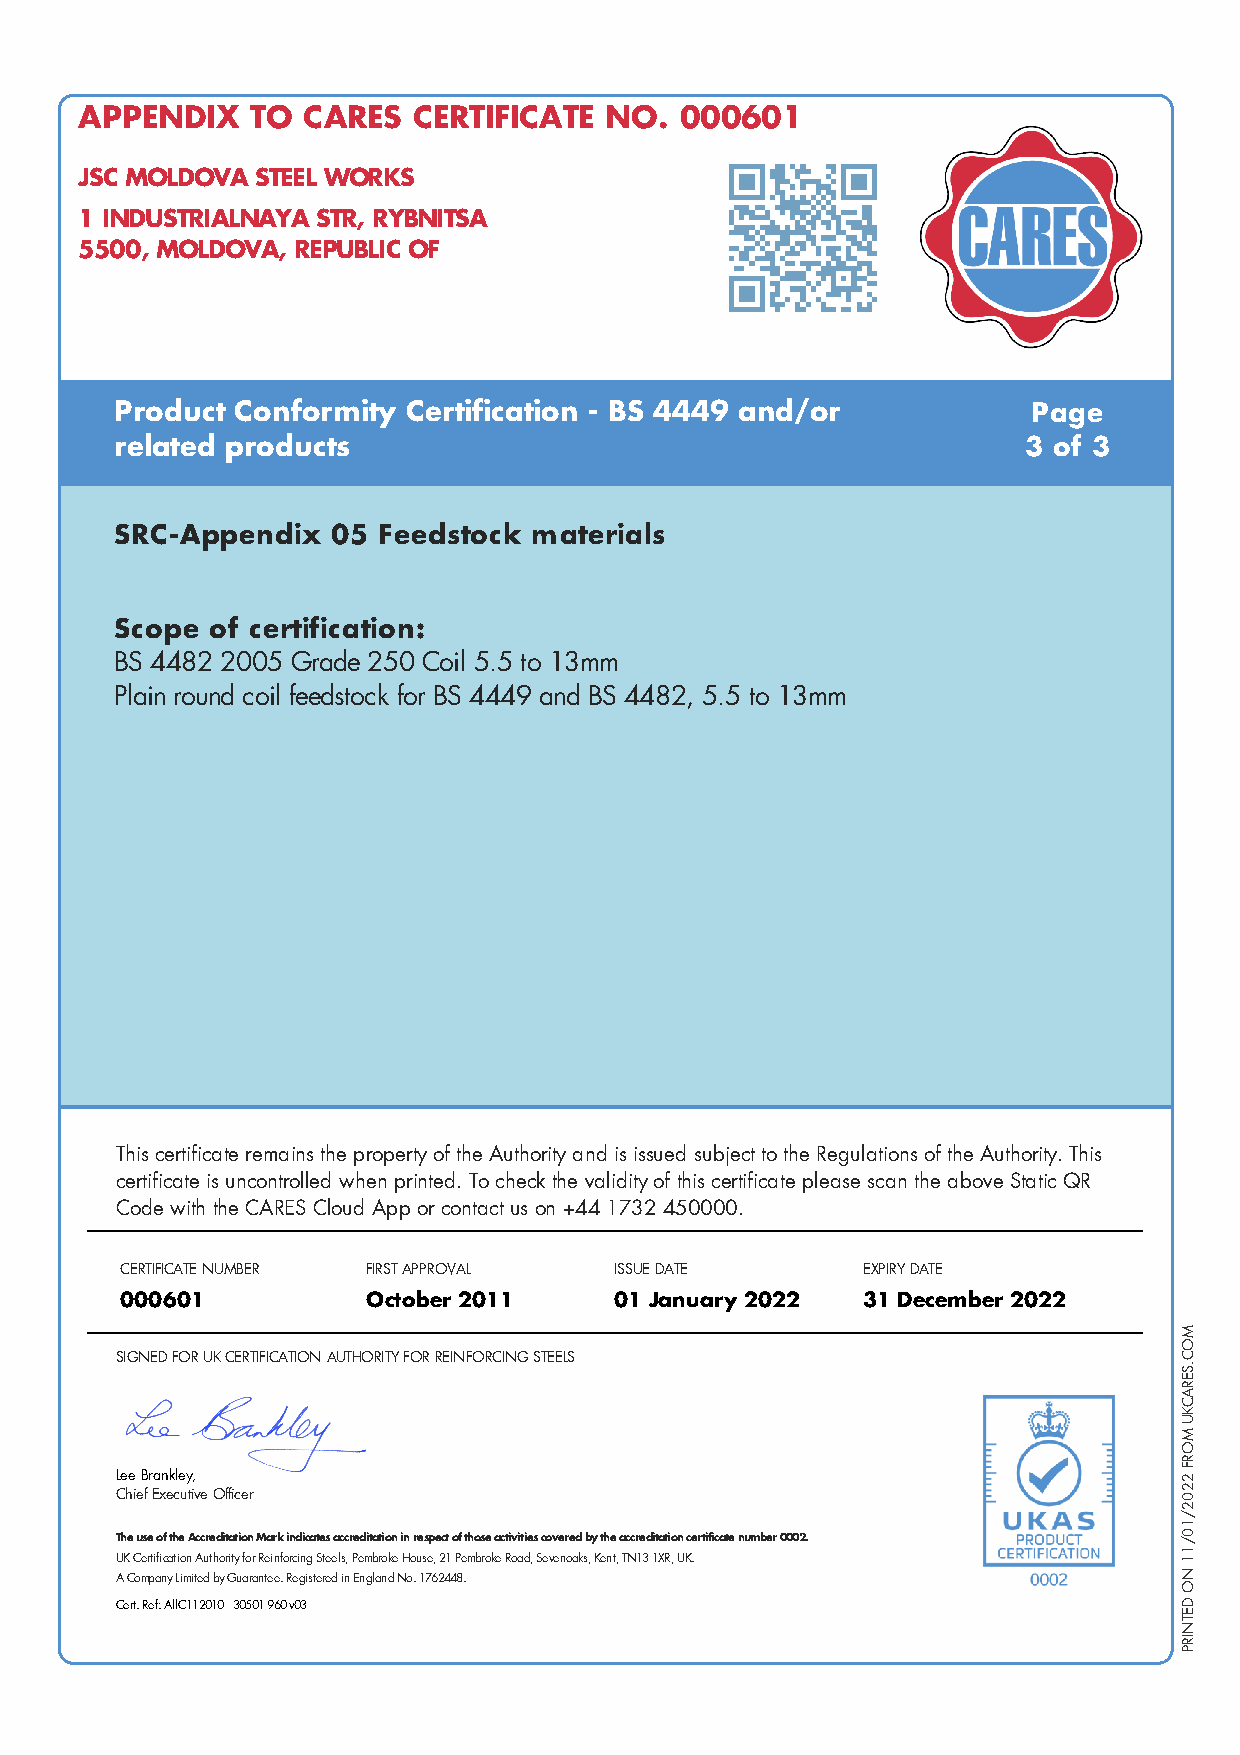
APPENDIX    TO CARES  CERTIFICATE  NO.  000601
 JSC MOLDOVA STEEL WORKS
 1 INDUSTRIALNAYA STR, RYBNITSA
 5500, MOLDOVA, REPUBLIC OF
 Product Conformity Certification - BS 4449 and/or           Page
 related products                                            3 of 3
 SRC-Appendix  05 Feedstock materials
 Scope of certification:
 BS 4482 2005 Grade 250 Coil 5.5 to 13mm
 Plain round coil feedstock for BS 4449 and BS 4482, 5.5 to 13mm
 This certificate remains the property of the Authority and is issued subject to the Regulations of the Authority. This
 certificate is uncontrolled when printed. To check the validity of this certificate please scan the above Static QR
 Code with the CARES Cloud App or contact us on +44 1732 450000.
 CERTIFICATE NUMBER FIRST APPROVAL ISSUE DATE     EXPIRY DATE
 000601          October 2011     01 January 2022 31 December 2022
 SIGNED FOR UK CERTIFICATION AUTHORITY FOR REINFORCING STEELS
 Lee Brankley,
 Chief Executive Officer
 The use of the Accreditation Mark indicates accreditation in respect of those activities covered by the accreditation certificate number 0002.
 UK Certification Authority for Reinforcing Steels, Pembroke House, 21 Pembroke Road, Sevenoaks, Kent, TN13 1XR, UK.
 A Company Limited by Guarantee. Registered in England No. 1762448.
 Cert. Ref: AllC112010 30501 960 v03
 MOC.SERACKU
 MORF
 2202/10/11
 NO
 DETNIRP